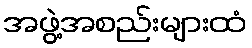
အဖွဲ့အစည်းများထံ